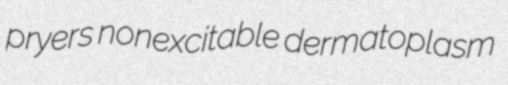
pryers nonexcitable dermatoplasm